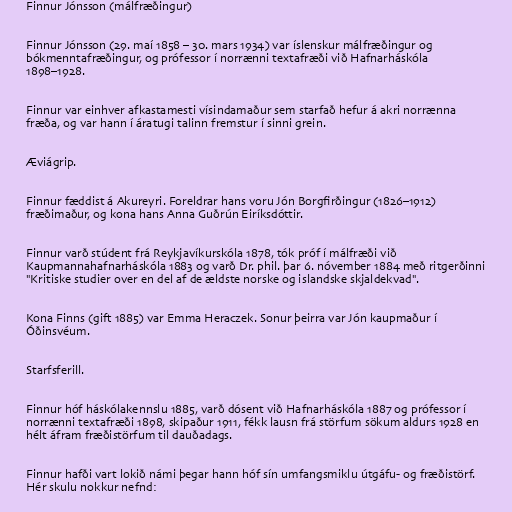
Finnur Jónsson (málfræðingur)

Finnur Jónsson (29. maí 1858 – 30. mars 1934) var íslenskur málfræðingur og
bókmenntafræðingur, og prófessor í norrænni textafræði við Hafnarháskóla
1898–1928.

Finnur var einhver afkastamesti vísindamaður sem starfað hefur á akri norrænna
fræða, og var hann í áratugi talinn fremstur í sinni grein.

Æviágrip.

Finnur fæddist á Akureyri. Foreldrar hans voru Jón Borgfirðingur (1826–1912)
fræðimaður, og kona hans Anna Guðrún Eiríksdóttir.

Finnur varð stúdent frá Reykjavíkurskóla 1878, tók próf í málfræði við
Kaupmannahafnarháskóla 1883 og varð Dr. phil. þar 6. nóvember 1884 með ritgerðinni
"Kritiske studier over en del af de ældste norske og islandske skjaldekvad".

Kona Finns (gift 1885) var Emma Heraczek. Sonur þeirra var Jón kaupmaður í
Óðinsvéum.

Starfsferill.

Finnur hóf háskólakennslu 1885, varð dósent við Hafnarháskóla 1887 og prófessor í
norrænni textafræði 1898, skipaður 1911, fékk lausn frá störfum sökum aldurs 1928 en
hélt áfram fræðistörfum til dauðadags.

Finnur hafði vart lokið námi þegar hann hóf sín umfangsmiklu útgáfu- og fræðistörf.
Hér skulu nokkur nefnd: